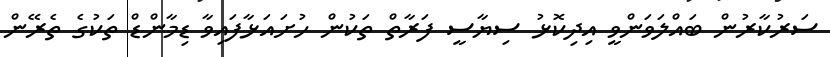
ސަރުކާރުން ބައްލަވަންވީ އިދިކޮޅު ސިޔާސީ ފަރާތް ތަކުން ހުށައަޅާފައިވާ ޑިމާންޑް ތަކުގެ ތެރޭން